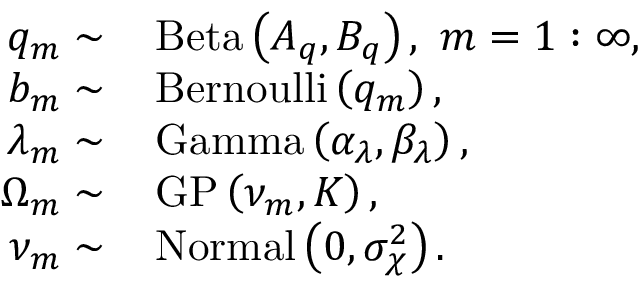
\begin{array} { r l } { q _ { m } \sim } & { { } \, \mathrm { B e t a } \left( A _ { q } , B _ { q } \right) , \, \, m = 1 : \infty , } \\ { b _ { m } \sim } & { { } \, \mathrm { B e r n o u l l i } \left( q _ { m } \right) , } \\ { \lambda _ { m } \sim } & { { } \, \mathrm { G a m m a } \left( \alpha _ { \lambda } , \beta _ { \lambda } \right) , } \\ { \Omega _ { m } \sim } & { { } \, \mathrm { G P } \left( \nu _ { m } , \boldsymbol { K } \right) , } \\ { \nu _ { m } \sim } & { { } \, \mathrm { N o r m a l } \left( 0 , \sigma _ { \chi } ^ { 2 } \right) . } \end{array}